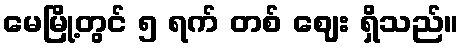
မေမြို့တွင် ၅ ရက် တစ် ဈေး ရှိသည်။